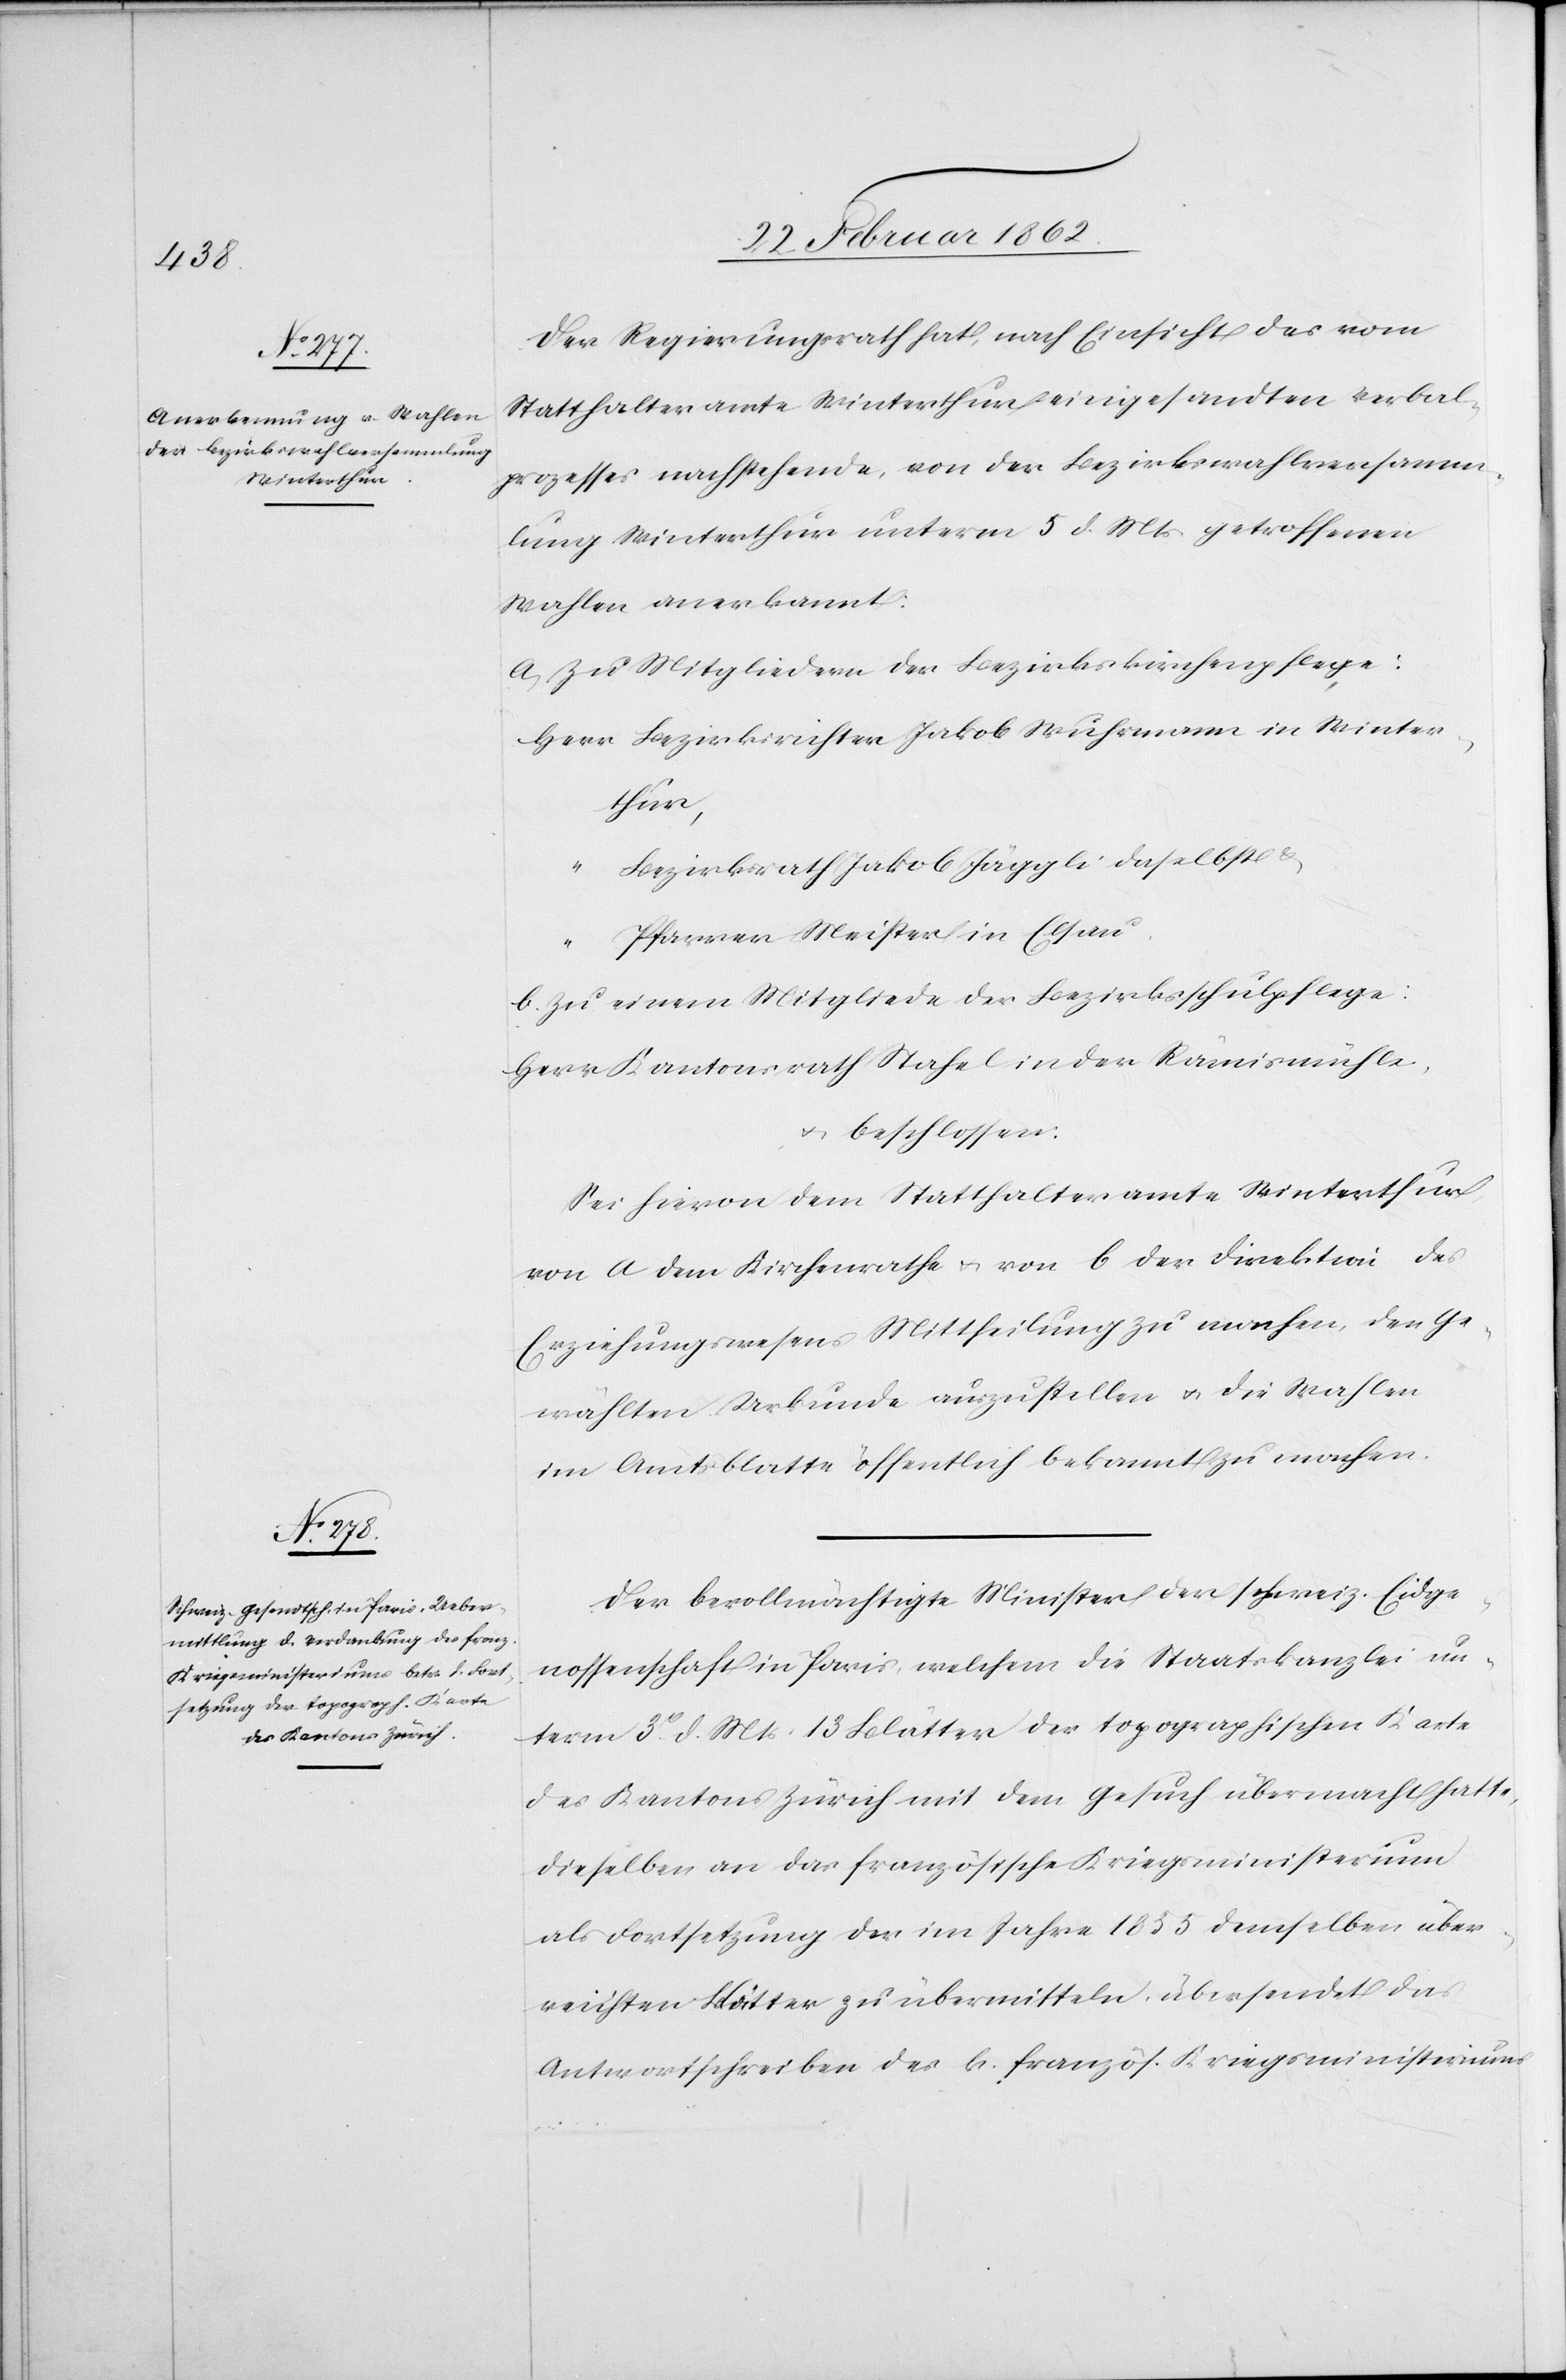
Der Regierungsrath hat, nach Einsicht des vom
Statthalteramte Winterthur eingesandten Verbal¬
prozesses nachstehende, von der Bezirkswahlversamm¬
lung Winterthur unterm 5 d. Mts. getroffenen
Wahlen anerkannt:
a) Zu Mitgliedern der Bezirkskirchenpflege:
Herr Bezirksrichter Jakob Wuhrmann in Winter¬
thur,
Bezirksrath Jakob Jäggli daselbst &
“
Pfarrer Meister in Elsau.
b) Zu einem Mitgliede der Bezirksschulpflege:
Herr Kantonsrath Stahel in der Rämismühle,
u. beschlossen:
Sei hievon dem Statthalteramte Winterthur,
von a dem Kirchenrathe u. von b der Direktion des
Erziehungswesens Mittheilung zu machen, den Ge¬
wählten Urkunde auszustellen u. die Wahlen
im Amtsblatte öffentlich bekannt zu machen.
Der bevollmächtigte Minister der schweiz. Eidge¬
nossenschaft in Paris, welchem die Staatskanzlei un¬
term 3t. d. Mts. 13 Blätter der topographischen Karte
des Kantons Zürich mit dem Gesuch übermacht hatte,
dieselben an das französische Kriegsministerium
als Fortsetzung der im Jahre 1855 demselben über¬
reichten Blätter zu übermitteln, übersendet das
Antwortschreiben des k. französ. Kriegsministeriums